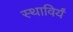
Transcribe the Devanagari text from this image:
स्थाविर्यं